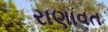
રાણાવત